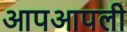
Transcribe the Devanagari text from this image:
आपआपली